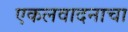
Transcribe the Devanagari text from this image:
एकलवादनाचा